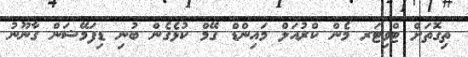
ތިގޮތަށް ޓްވިޓަރ މެން ކްރުއަލް މައިންޑް ގޭމް ކުޅެގެން ބުނި ޑިފަމޭޝަން ގާނޫނު